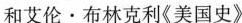
和艾伦·布林克利《美国史》